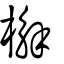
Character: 檞